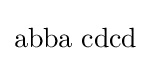
\mathrm {abba\,\,cdcd}